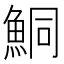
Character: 鮦